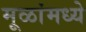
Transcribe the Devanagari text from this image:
मूळांमध्ये